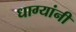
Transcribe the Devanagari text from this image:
धाग्‍यांनी